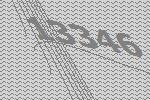
13346